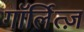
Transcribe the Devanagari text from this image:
गॉर्लित्ज़